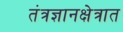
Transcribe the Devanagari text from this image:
तंत्रज्ञानक्षेत्रात